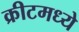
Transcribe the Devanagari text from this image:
क्रीटमध्ये